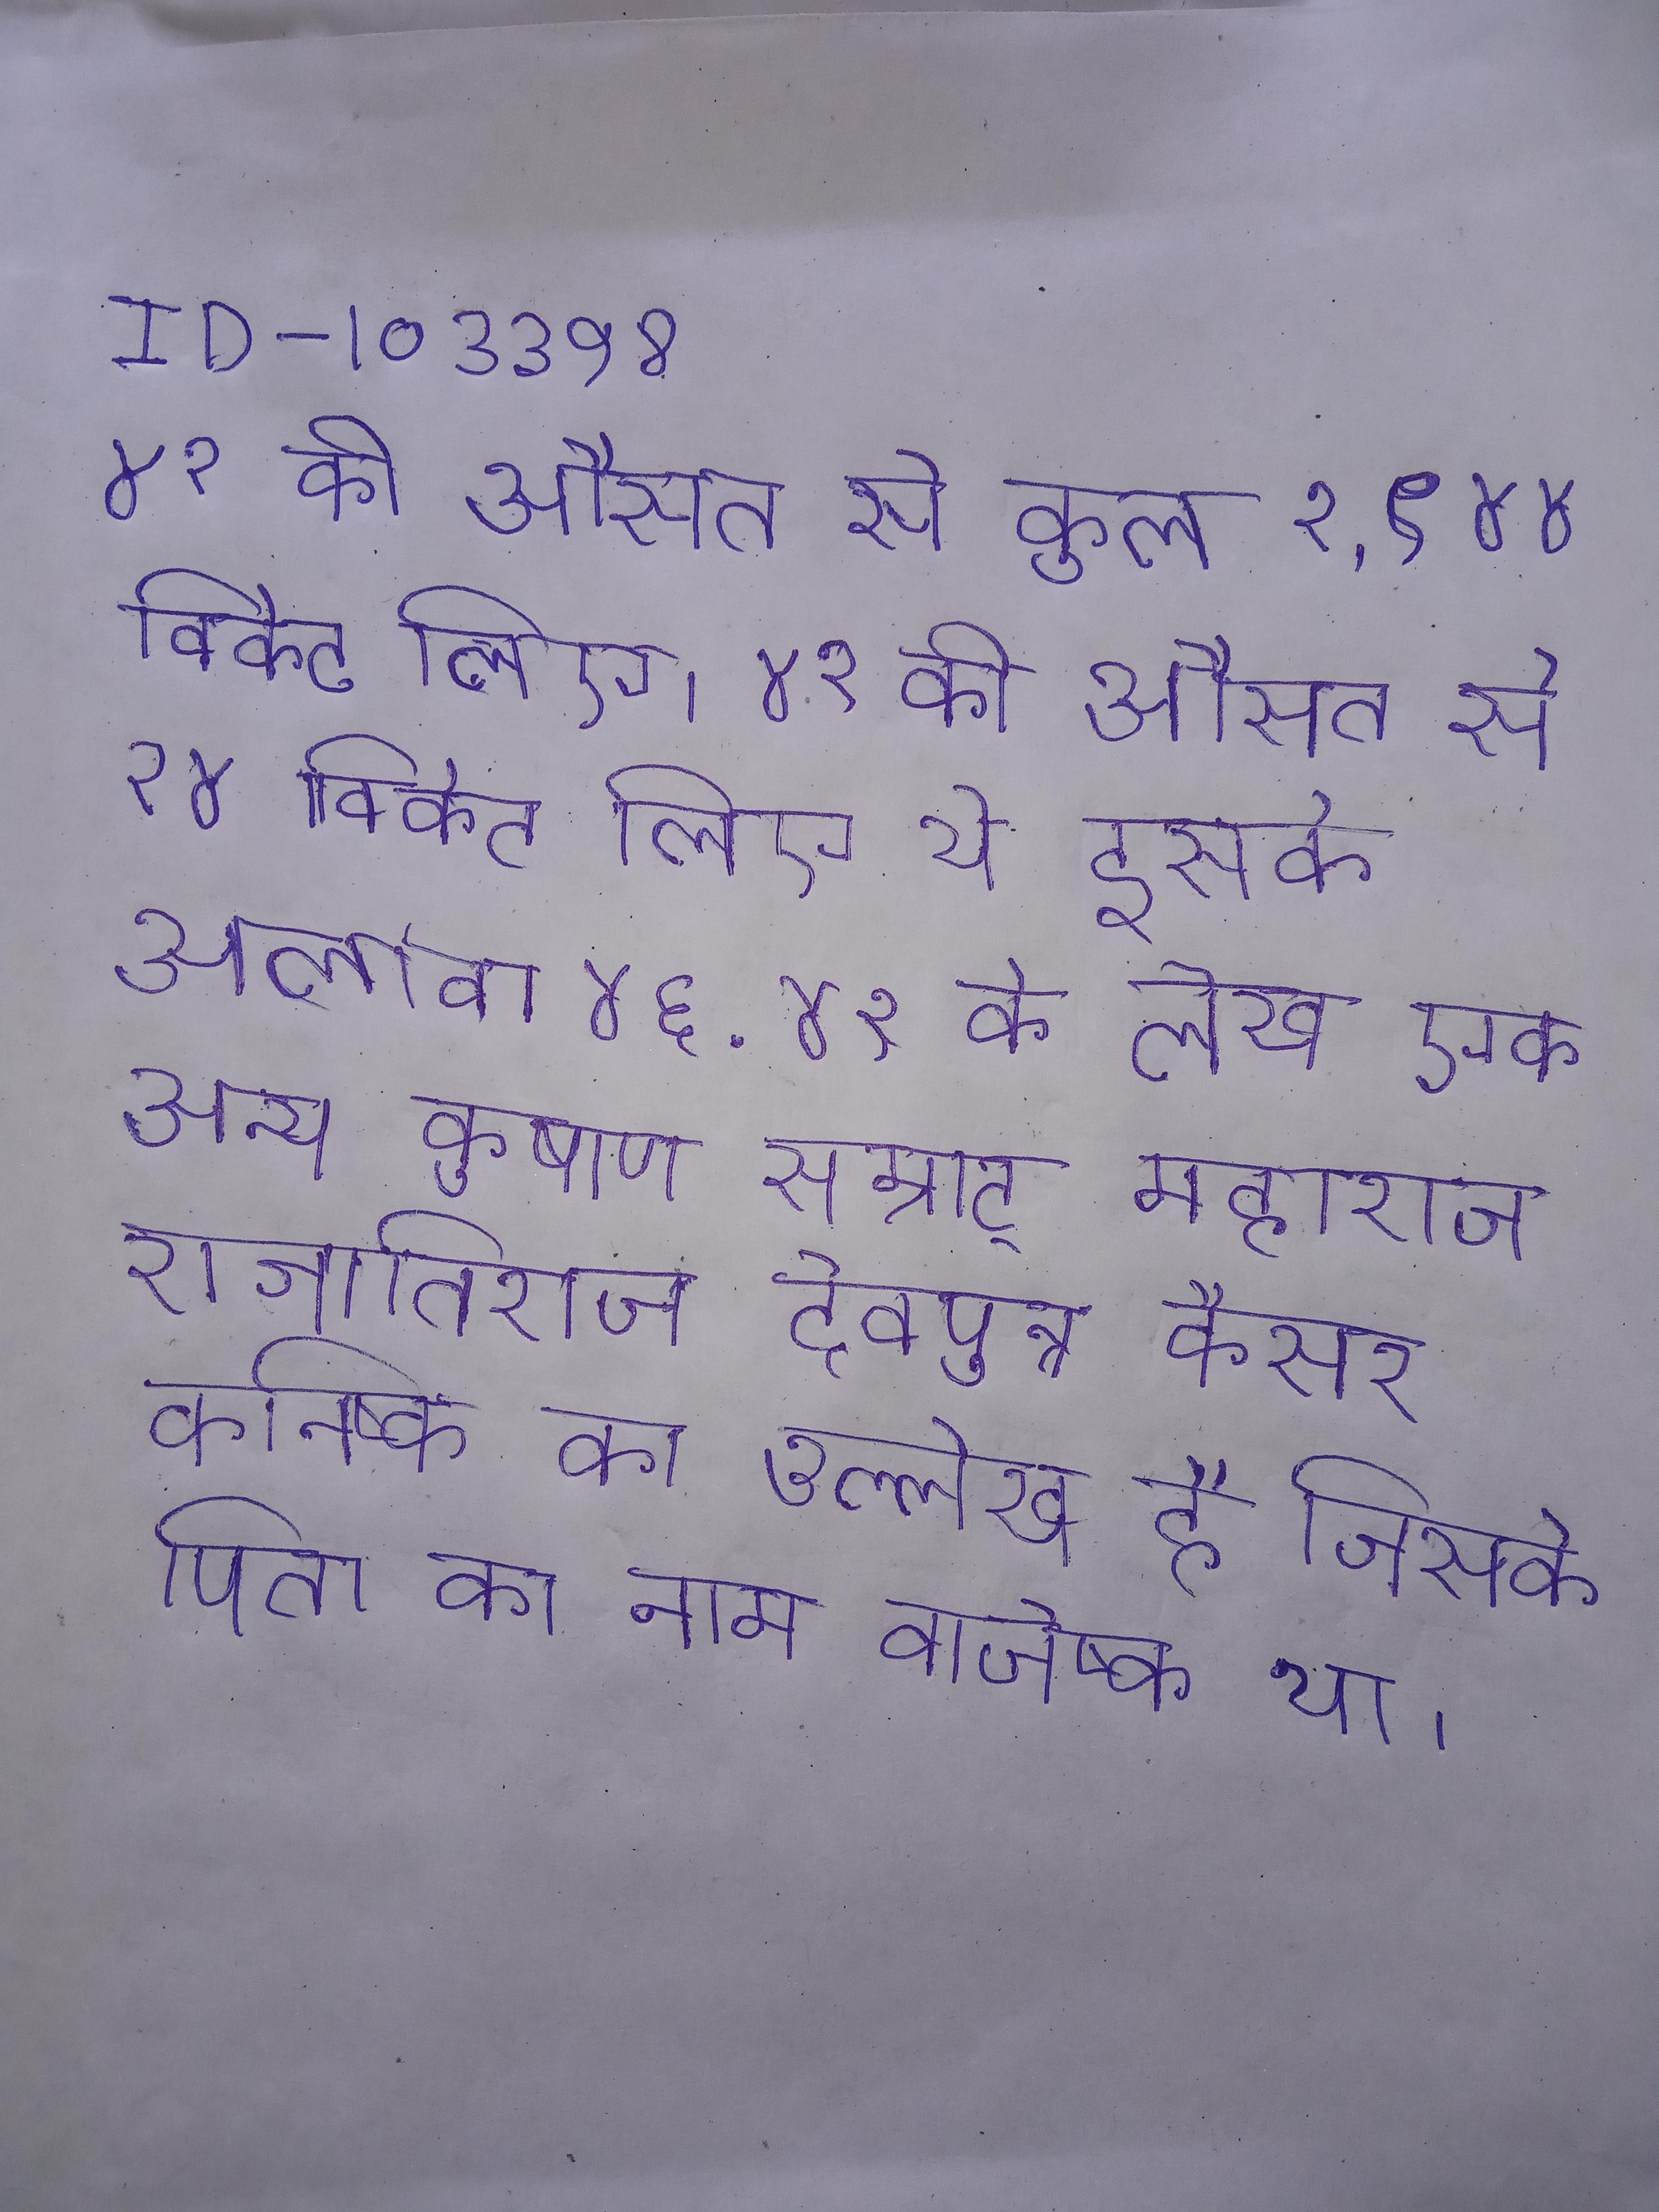
४१ की औसत से कुल १,९४४ विकेट लिए । ४१ की औसत से २४ विकेट लिए थे इसके अलावा ४६ . ४१ के लेख एक अन्य कुषाण सम्राट् महाराज राजातिराज देवपुत्र कैसर कनिष्क का उल्लेख है जिसके पिता का नाम वाजेष्क था ।